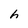
Character: h